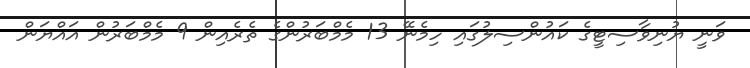
ވަނީ ޔުނިވާސިޓީގެ ކައުންސިލުގައި ހިމެނޭ 13 މެމްބަރުންގެ ތެރެއިން 9 މެމްބަރުން އައްޔަން